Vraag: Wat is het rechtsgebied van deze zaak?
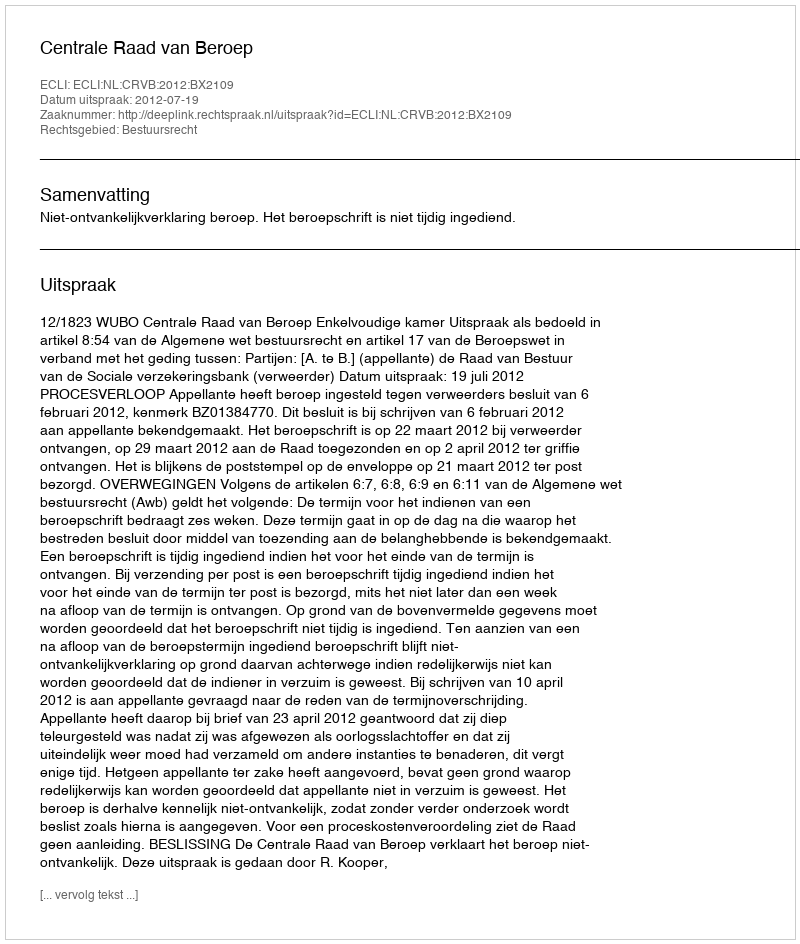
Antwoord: Bestuursrecht